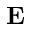
\textbf { E }